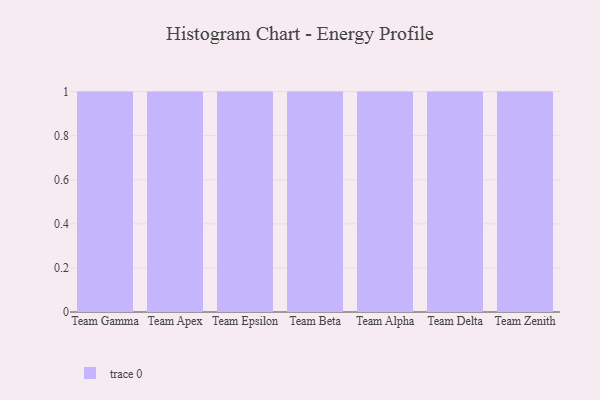
{"axis": {"x": "Team", "y": "Waste Production (Tons)"}, "legend": [""], "data": [{"x": "Team Gamma", "y": 39, "type": ""}, {"x": "Team Apex", "y": 61, "type": ""}, {"x": "Team Epsilon", "y": 63, "type": ""}, {"x": "Team Beta", "y": 39, "type": ""}, {"x": "Team Alpha", "y": 96, "type": ""}, {"x": "Team Delta", "y": 39, "type": ""}, {"x": "Team Zenith", "y": 54, "type": ""}]}